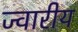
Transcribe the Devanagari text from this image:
ज्‍वारीय